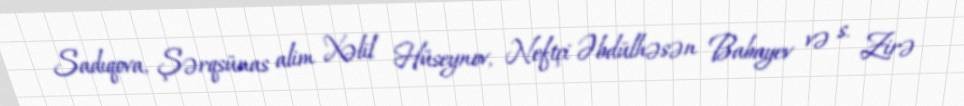
Sadıqova, Şərqsünas alim Xəlil Hüseynov, Neftçi Əbdülhəsən Babayev və s. Zirə